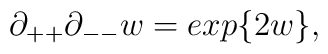
\partial_{++} \partial_{--} w = exp\{ 2w \},